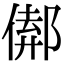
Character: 𨝈